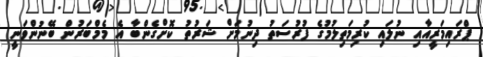
ޕްރައިމަރީއާއި ނުލައި ކުރިމަތިލުމުގެ ފުރުސަތު ދިނުމަށް ޝަރުތު ކޮށްގެންބާ އެ މެމްބަރުން ބޭނުންވަނީ